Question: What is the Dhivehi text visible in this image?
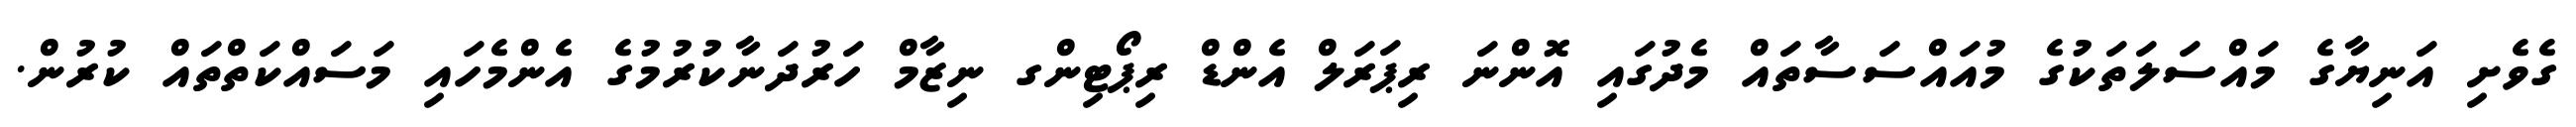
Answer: ގެވެށި އަނިޔާގެ މައްސަލަތަކުގެ މުއައްސަސާތައް މެދުގައި އޮންނަ ރިޕަރަލް އެންޑް ރިޕޯޓިންގ ނިޒާމް ހަރުދަނާކުރުމުގެ އެންމެހައި މަސައްކަތްތައް ކުރުން.